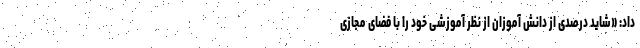
داد: «شاید درصدی از دانش آموزان از نظر آموزشی خود را با فضای مجازی